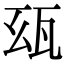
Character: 𤬮